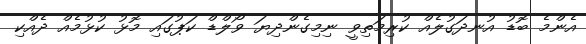
އެންމެ ބޮޑު އުނދަގުލެއް ކުރިމަތިވީ ނިމިގެންދިޔަ ވޯލްޑް ކަޕުގައި މޮޅު ކުޅުމެއް ދެއްކި